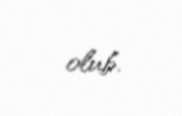
olub.